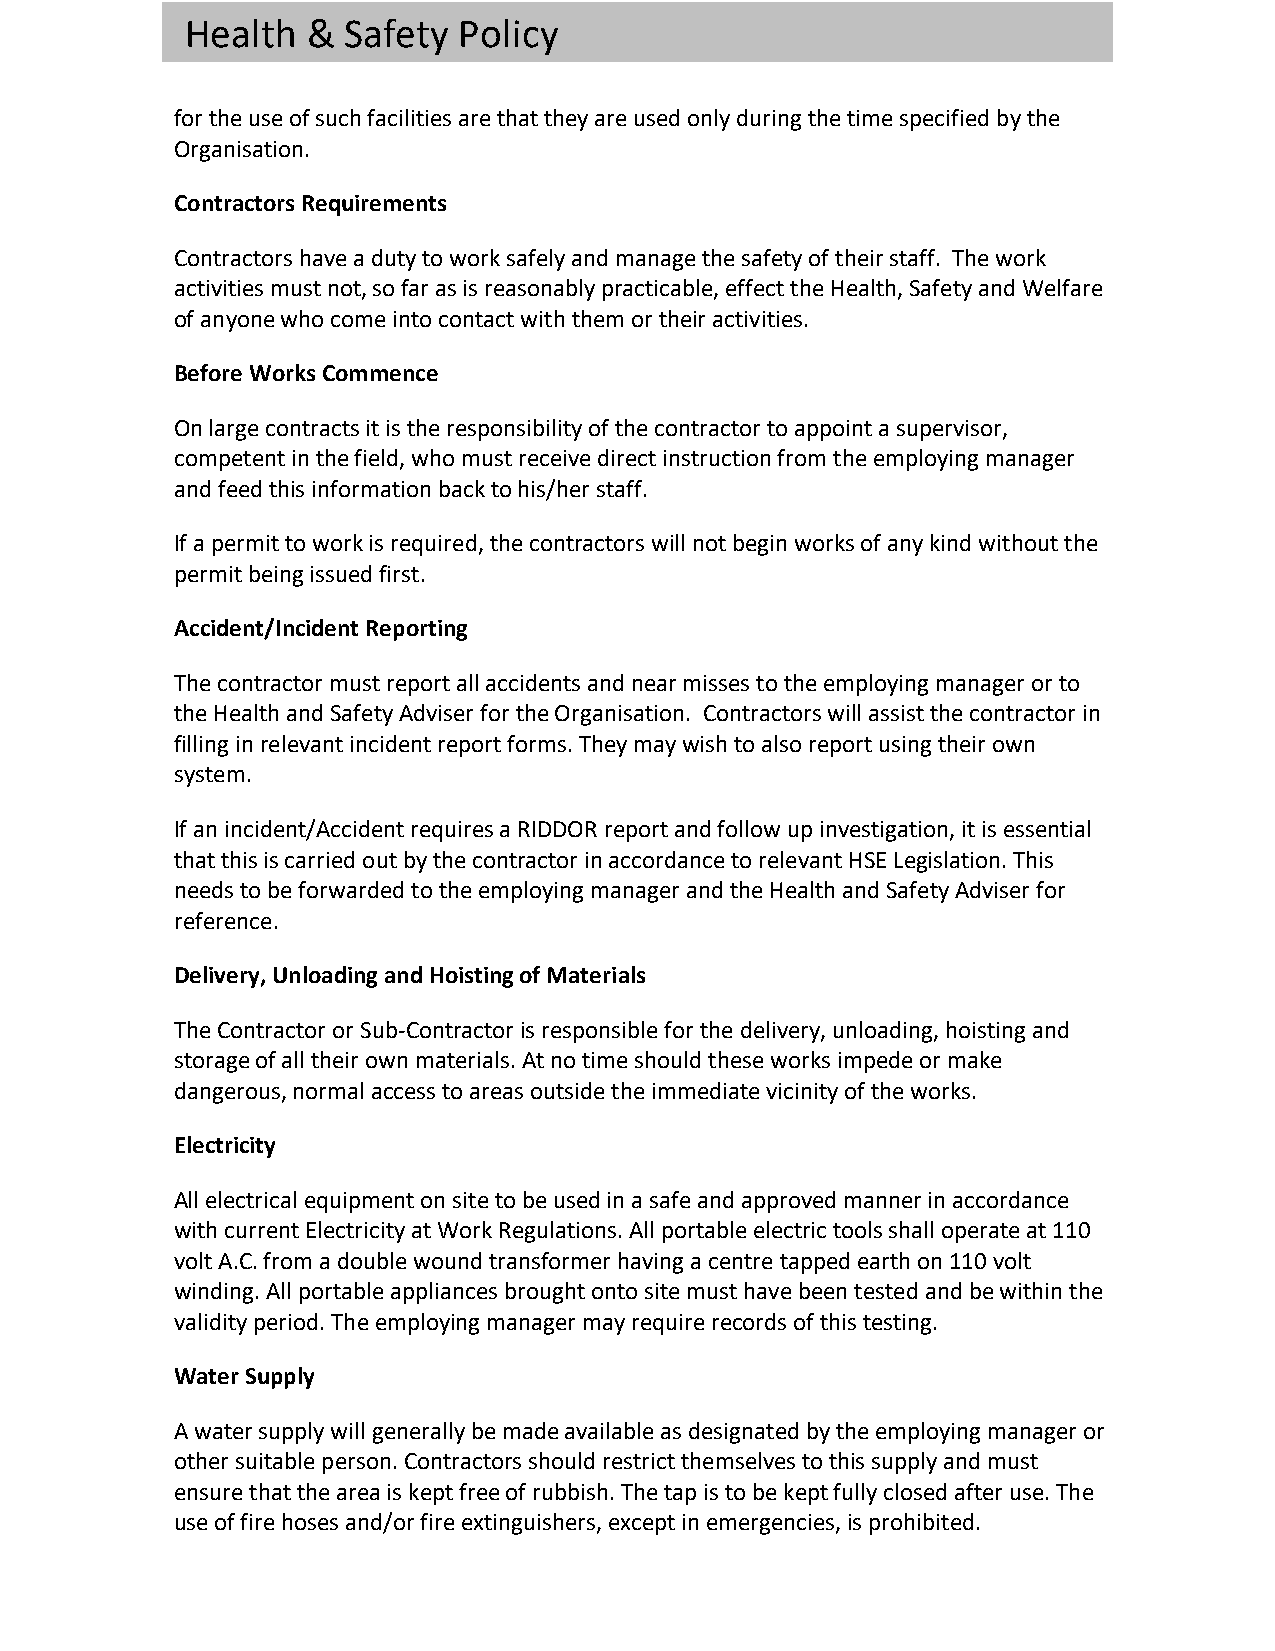
Health  &  Safety Policy
 for the use of such facilities are that they are used only during the time specified by the
 Organisation.
 Contractors Requirements
 Contractors have a duty to work safely and manage the safety of their staff. The work
 activities must not, so far as is reasonably practicable, effect the Health, Safety and Welfare
 of anyone who come into contact with them or their activities.
 Before Works Commence
 On large contracts it is the responsibility of the contractor to appoint a supervisor,
 competent in the field, who must receive direct instruction from the employing manager
 and feed this information back to his/her staff.
 If a permit to work is required, the contractors will not begin works of any kind without the
 permit being issued first.
 Accident/Incident Reporting
 The contractor must report all accidents and near misses to the employing manager or to
 the Health and Safety Adviser for the Organisation. Contractors will assist the contractor in
 filling in relevant incident report forms. They may wish to also report using their own
 system.
 If an incident/Accident requires a RIDDOR report and follow up investigation, it is essential
 that this is carried out by the contractor in accordance to relevant HSE Legislation. This
 needs to be forwarded to the employing manager and the Health and Safety Adviser for
 reference.
 Delivery, Unloading and Hoisting of Materials
 The Contractor or Sub-Contractor is responsible for the delivery, unloading, hoisting and
 storage of all their own materials. At no time should these works impede or make
 dangerous, normal access to areas outside the immediate vicinity of the works.
 Electricity
 All electrical equipment on site to be used in a safe and approved manner in accordance
 with current Electricity at Work Regulations. All portable electric tools shall operate at 110
 volt A.C. from a double wound transformer having a centre tapped earth on 110 volt
 winding. All portable appliances brought onto site must have been tested and be within the
 validity period. The employing manager may require records of this testing.
 Water Supply
 A water supply will generally be made available as designated by the employing manager or
 other suitable person. Contractors should restrict themselves to this supply and must
 ensure that the area is kept free of rubbish. The tap is to be kept fully closed after use. The
 use of fire hoses and/or fire extinguishers, except in emergencies, is prohibited.